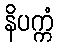
နိပက္ကံ